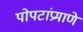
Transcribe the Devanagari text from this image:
पोपटांप्रमाणे